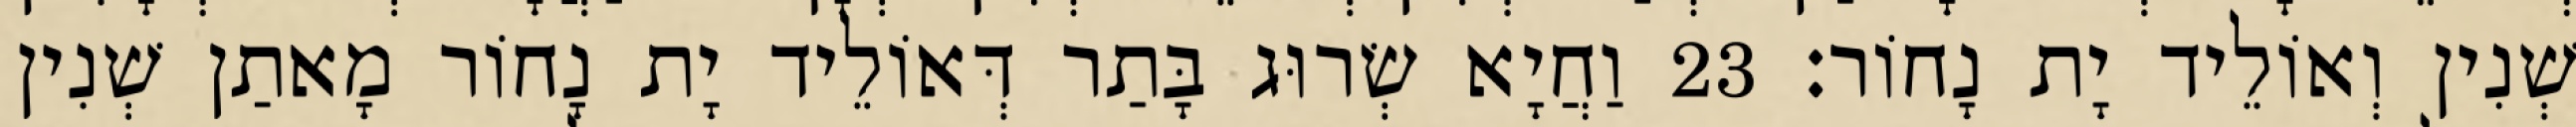
שְׁנִין וְאוֹלֵיד יָת נָחוֹר׃ 23 וַחֲיָא שְׂרוּג בָּתַר דְּאוֹלֵיד יָת נָחוֹר מָאתַן שְׁנִין